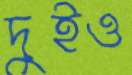
দুইও